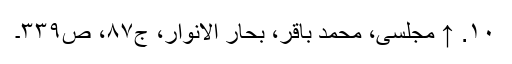
۱۰. ↑ مجلسی، محمد باقر، بحار الانوار، ج‌۸۷، ص‌۳۳۹۔